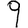
Digit: 9